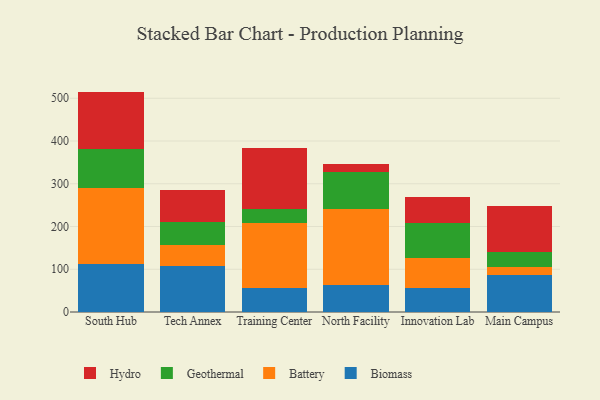
{"axis": {"x": "Campus", "y": "Conversion Rate (%)"}, "legend": ["Battery", "Biomass", "Geothermal", "Hydro"], "data": [{"x": "South Hub", "y": 113.3, "type": "Biomass"}, {"x": "South Hub", "y": 176.5, "type": "Battery"}, {"x": "South Hub", "y": 91.0, "type": "Geothermal"}, {"x": "South Hub", "y": 134.8, "type": "Hydro"}, {"x": "Tech Annex", "y": 107.5, "type": "Biomass"}, {"x": "Tech Annex", "y": 48.4, "type": "Battery"}, {"x": "Tech Annex", "y": 55.3, "type": "Geothermal"}, {"x": "Tech Annex", "y": 73.5, "type": "Hydro"}, {"x": "Training Center", "y": 55.7, "type": "Biomass"}, {"x": "Training Center", "y": 152.6, "type": "Battery"}, {"x": "Training Center", "y": 33.6, "type": "Geothermal"}, {"x": "Training Center", "y": 141.9, "type": "Hydro"}, {"x": "North Facility", "y": 62.1, "type": "Biomass"}, {"x": "North Facility", "y": 178.4, "type": "Battery"}, {"x": "North Facility", "y": 87.4, "type": "Geothermal"}, {"x": "North Facility", "y": 19.5, "type": "Hydro"}, {"x": "Innovation Lab", "y": 55.5, "type": "Biomass"}, {"x": "Innovation Lab", "y": 70.0, "type": "Battery"}, {"x": "Innovation Lab", "y": 82.7, "type": "Geothermal"}, {"x": "Innovation Lab", "y": 61.4, "type": "Hydro"}, {"x": "Main Campus", "y": 87.3, "type": "Biomass"}, {"x": "Main Campus", "y": 17.9, "type": "Battery"}, {"x": "Main Campus", "y": 35.2, "type": "Geothermal"}, {"x": "Main Campus", "y": 106.5, "type": "Hydro"}]}